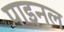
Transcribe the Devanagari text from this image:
पाइनल